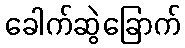
ခေါက်ဆွဲခြောက်